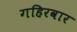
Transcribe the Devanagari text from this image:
गहिरवार